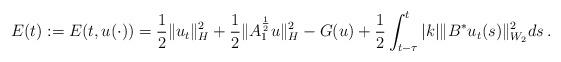
LaTeX: \begin{align*}E(t):=E(t,u(\cdot))=\frac 1 2 \Vert u_t\Vert_H^2+\frac 1 2\Vert A_1^{\frac 12}u\Vert_H^2- G(u)+\frac 12 \int_{t-\tau}^t\vert k\vert \Vert B^*u_t(s)\Vert_{W_2}^2 ds\,.\end{align*}